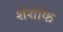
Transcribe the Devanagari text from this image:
शंशांक